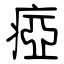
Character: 瘂